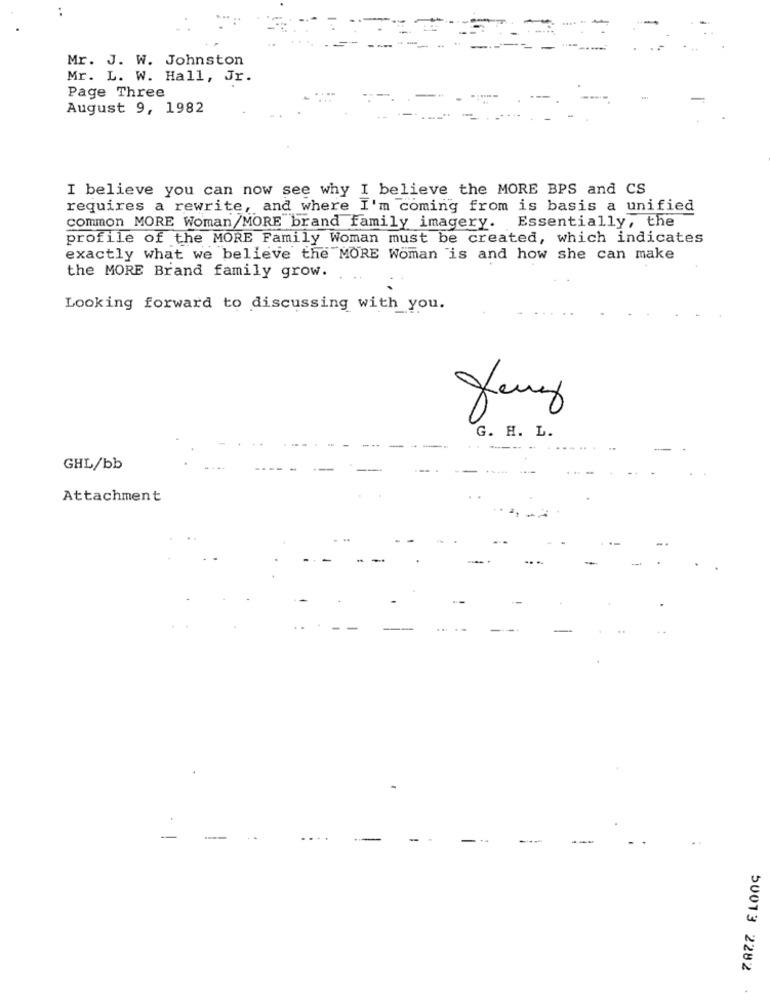
Mr. J. W. Johnston
Mr. L. W. Hall, Jr.
Page Three
August 9, 1982
I believe you can now see why I believe the MORE BPS and CS
requires a rewrite, and where I'm coming from is basis a unified
common MORE Woman/MORE brand family imagery. Essentially, the
profile of the MORE Family Woman must be created, which indicates
exactly what we believe the MORE Woman is and how she can make
the MORE Brand family grow.
Looking forward to discussing with you.
G. H. L.
GHL/bb
Attachment
50013 2282